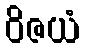
ဝိဇယံ